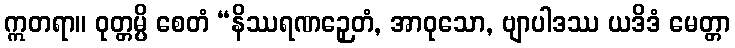
ဣတရာ။ ဝုတ္တမ္ပိ စေတံ “နိဿရဏဉှေတံ, အာဝုသော, ဗျာပါဒဿ ယဒိဒံ မေတ္တာ